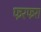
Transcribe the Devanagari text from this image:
फरफरा